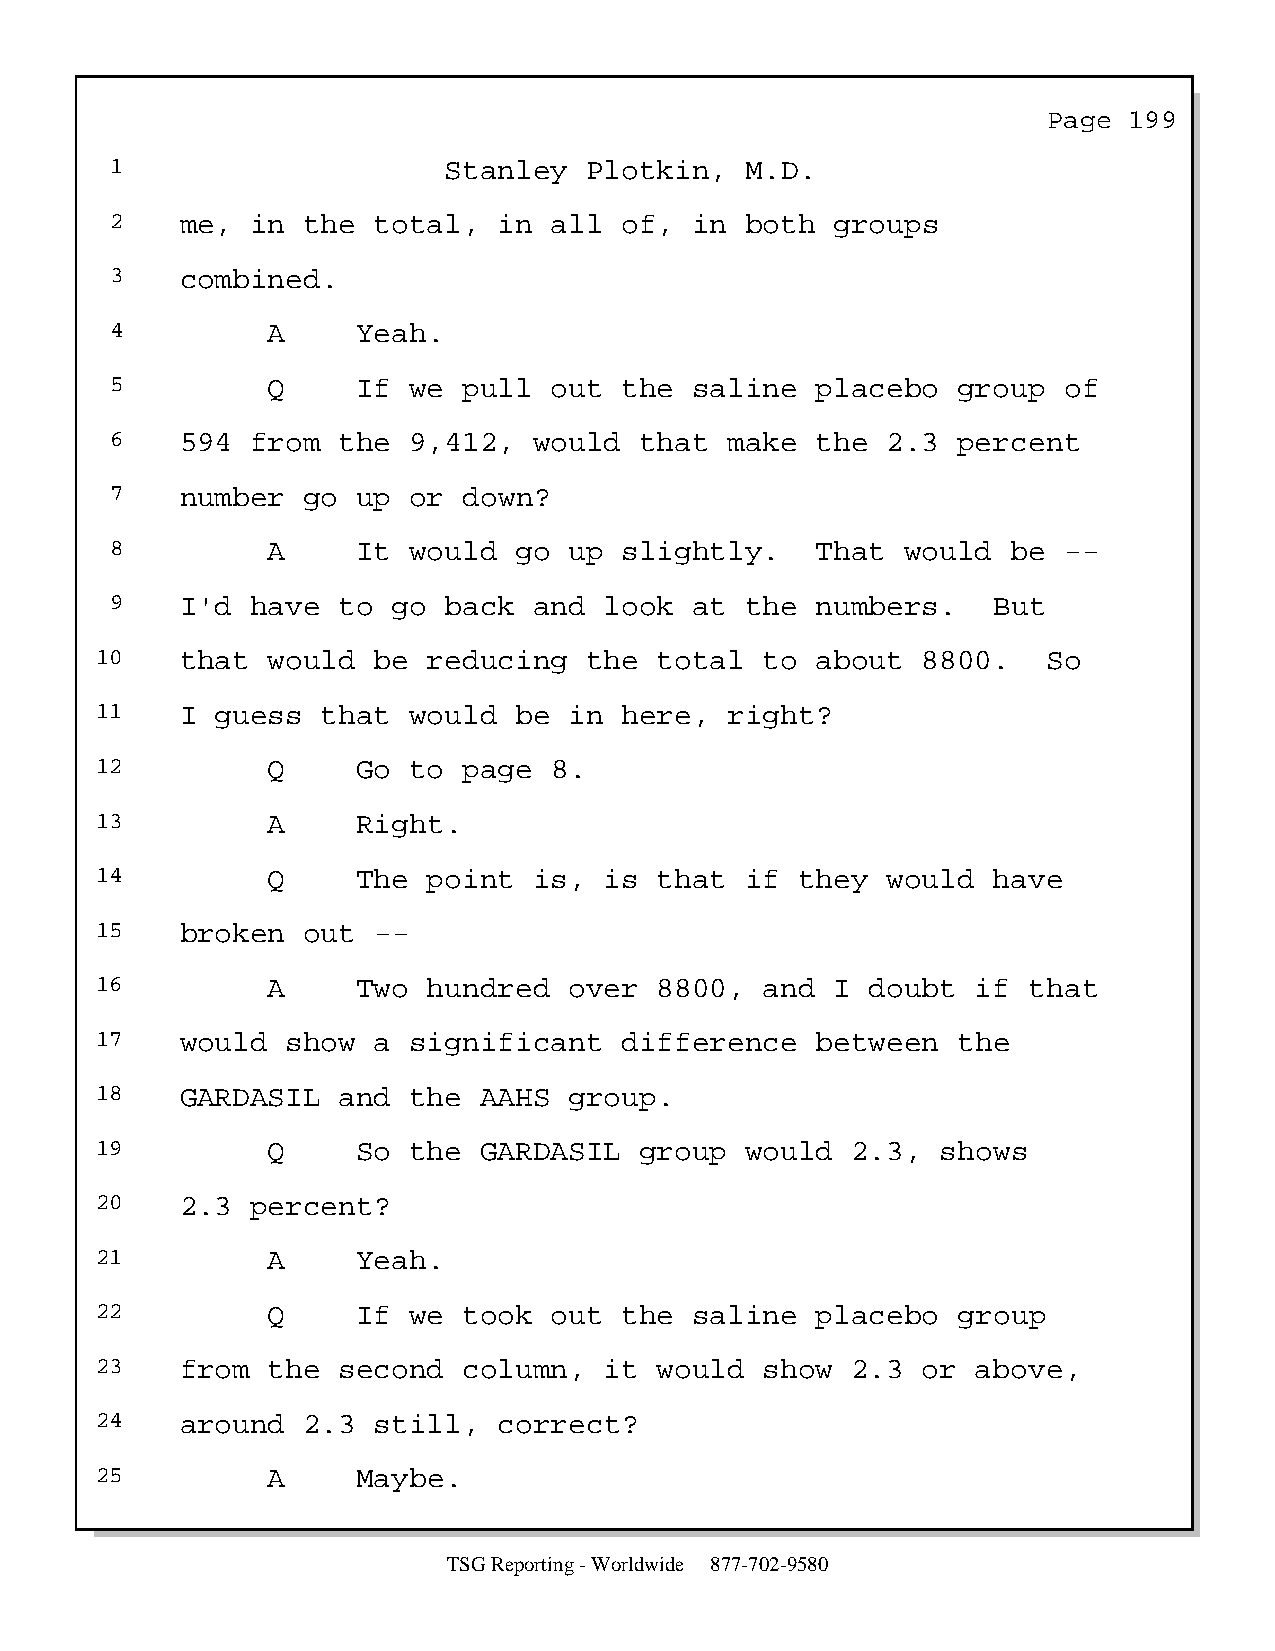
Page  199
 1                     Stanley   Plotkin,  M.D.
 2    me,  in the  total,  in all  of,  in both  groups
 3    combined.
 4          A     Yeah.
 5          Q     If we  pull out  the  saline  placebo  group  of
 6    594  from the  9,412,  would  that  make  the  2.3 percent
 7    number  go  up or  down?
 8          A     It would  go  up slightly.    That  would  be --
 9    I'd  have to  go back  and  look  at the  numbers.    But
 10    that  would  be reducing   the  total  to about  8800.   So
 11    I guess  that  would  be  in here,  right?
 12          Q     Go to  page 8.
 13          A     Right.
 14          Q     The point  is,  is  that if  they  would  have
 15    broken  out  --
 16          A     Two hundred   over  8800,  and I  doubt  if that
 17    would  show  a significant   difference   between  the
 18    GARDASIL  and  the  AAHS  group.
 19          Q     So the  GARDASIL  group  would  2.3,  shows
 20    2.3  percent?
 21          A     Yeah.
 22          Q     If we  took out  the  saline  placebo  group
 23    from  the second   column,  it  would  show 2.3  or  above,
 24    around  2.3  still,  correct?
 25          A     Maybe.
 TSG Reporting - Worldwide 877-702-9580